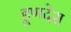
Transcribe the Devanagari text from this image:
हूणदेश